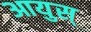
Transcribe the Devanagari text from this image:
आयुस्‌